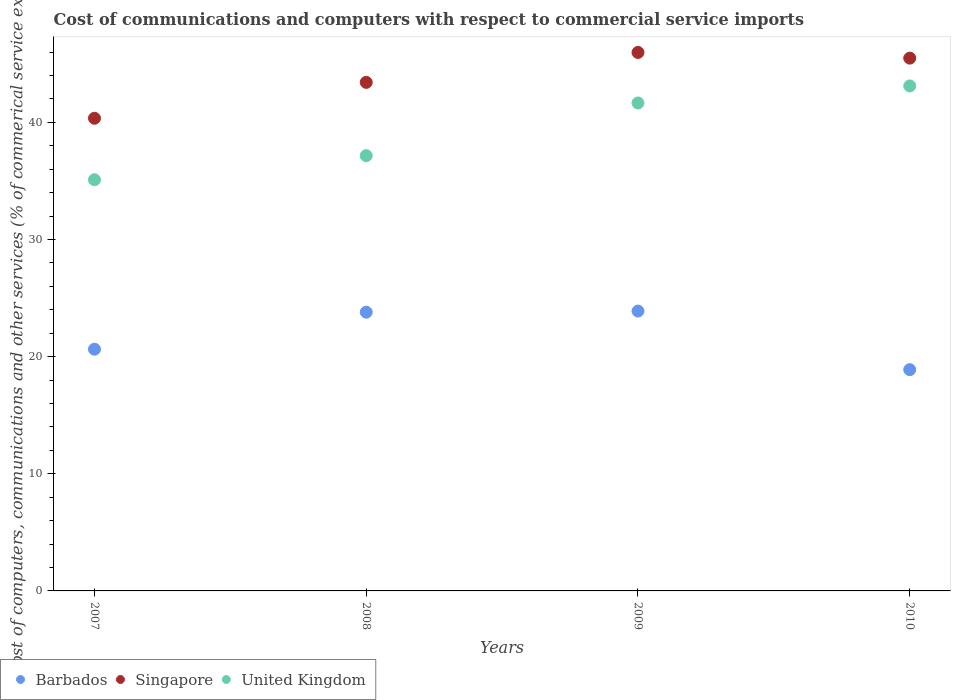
| Years | Barbados | Singapore | United Kingdom |
 | --- | --- | --- | --- |
 | 2007 | 20.6 | 40.3 | 35.1 |
 | 2008 | 23.8 | 43.4 | 37.2 |
 | 2009 | 23.9 | 46 | 41.7 |
 | 2010 | 18.9 | 45.5 | 43.1 |